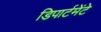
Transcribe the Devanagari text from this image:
डिपार्टमेंटे